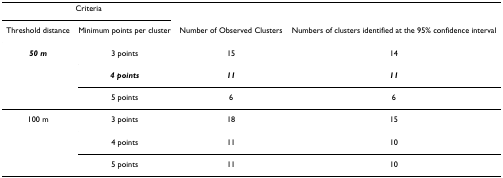
<table><thead><tr><td colspan="2"><b>Criteria</b></td><td></td><td></td></tr><tr><td><b>Threshold distance</b></td><td><b>Minimum points per cluster</b></td><td><b>Number of Observed Clusters</b></td><td><b>Numbers of clusters identified at the 95% confidence interval</b></td></tr></thead><tbody><tr><td><b><i>50 m</i></b></td><td>3 points</td><td>15</td><td>14</td></tr><tr><td></td><td><b><i>4 points</i></b></td><td><b><i>11</i></b></td><td><b><i>11</i></b></td></tr><tr><td></td><td>5 points</td><td>6</td><td>6</td></tr><tr><td>100 m</td><td>3 points</td><td>18</td><td>15</td></tr><tr><td></td><td>4 points</td><td>11</td><td>10</td></tr><tr><td></td><td>5 points</td><td>11</td><td>10</td></tr></tbody></table>